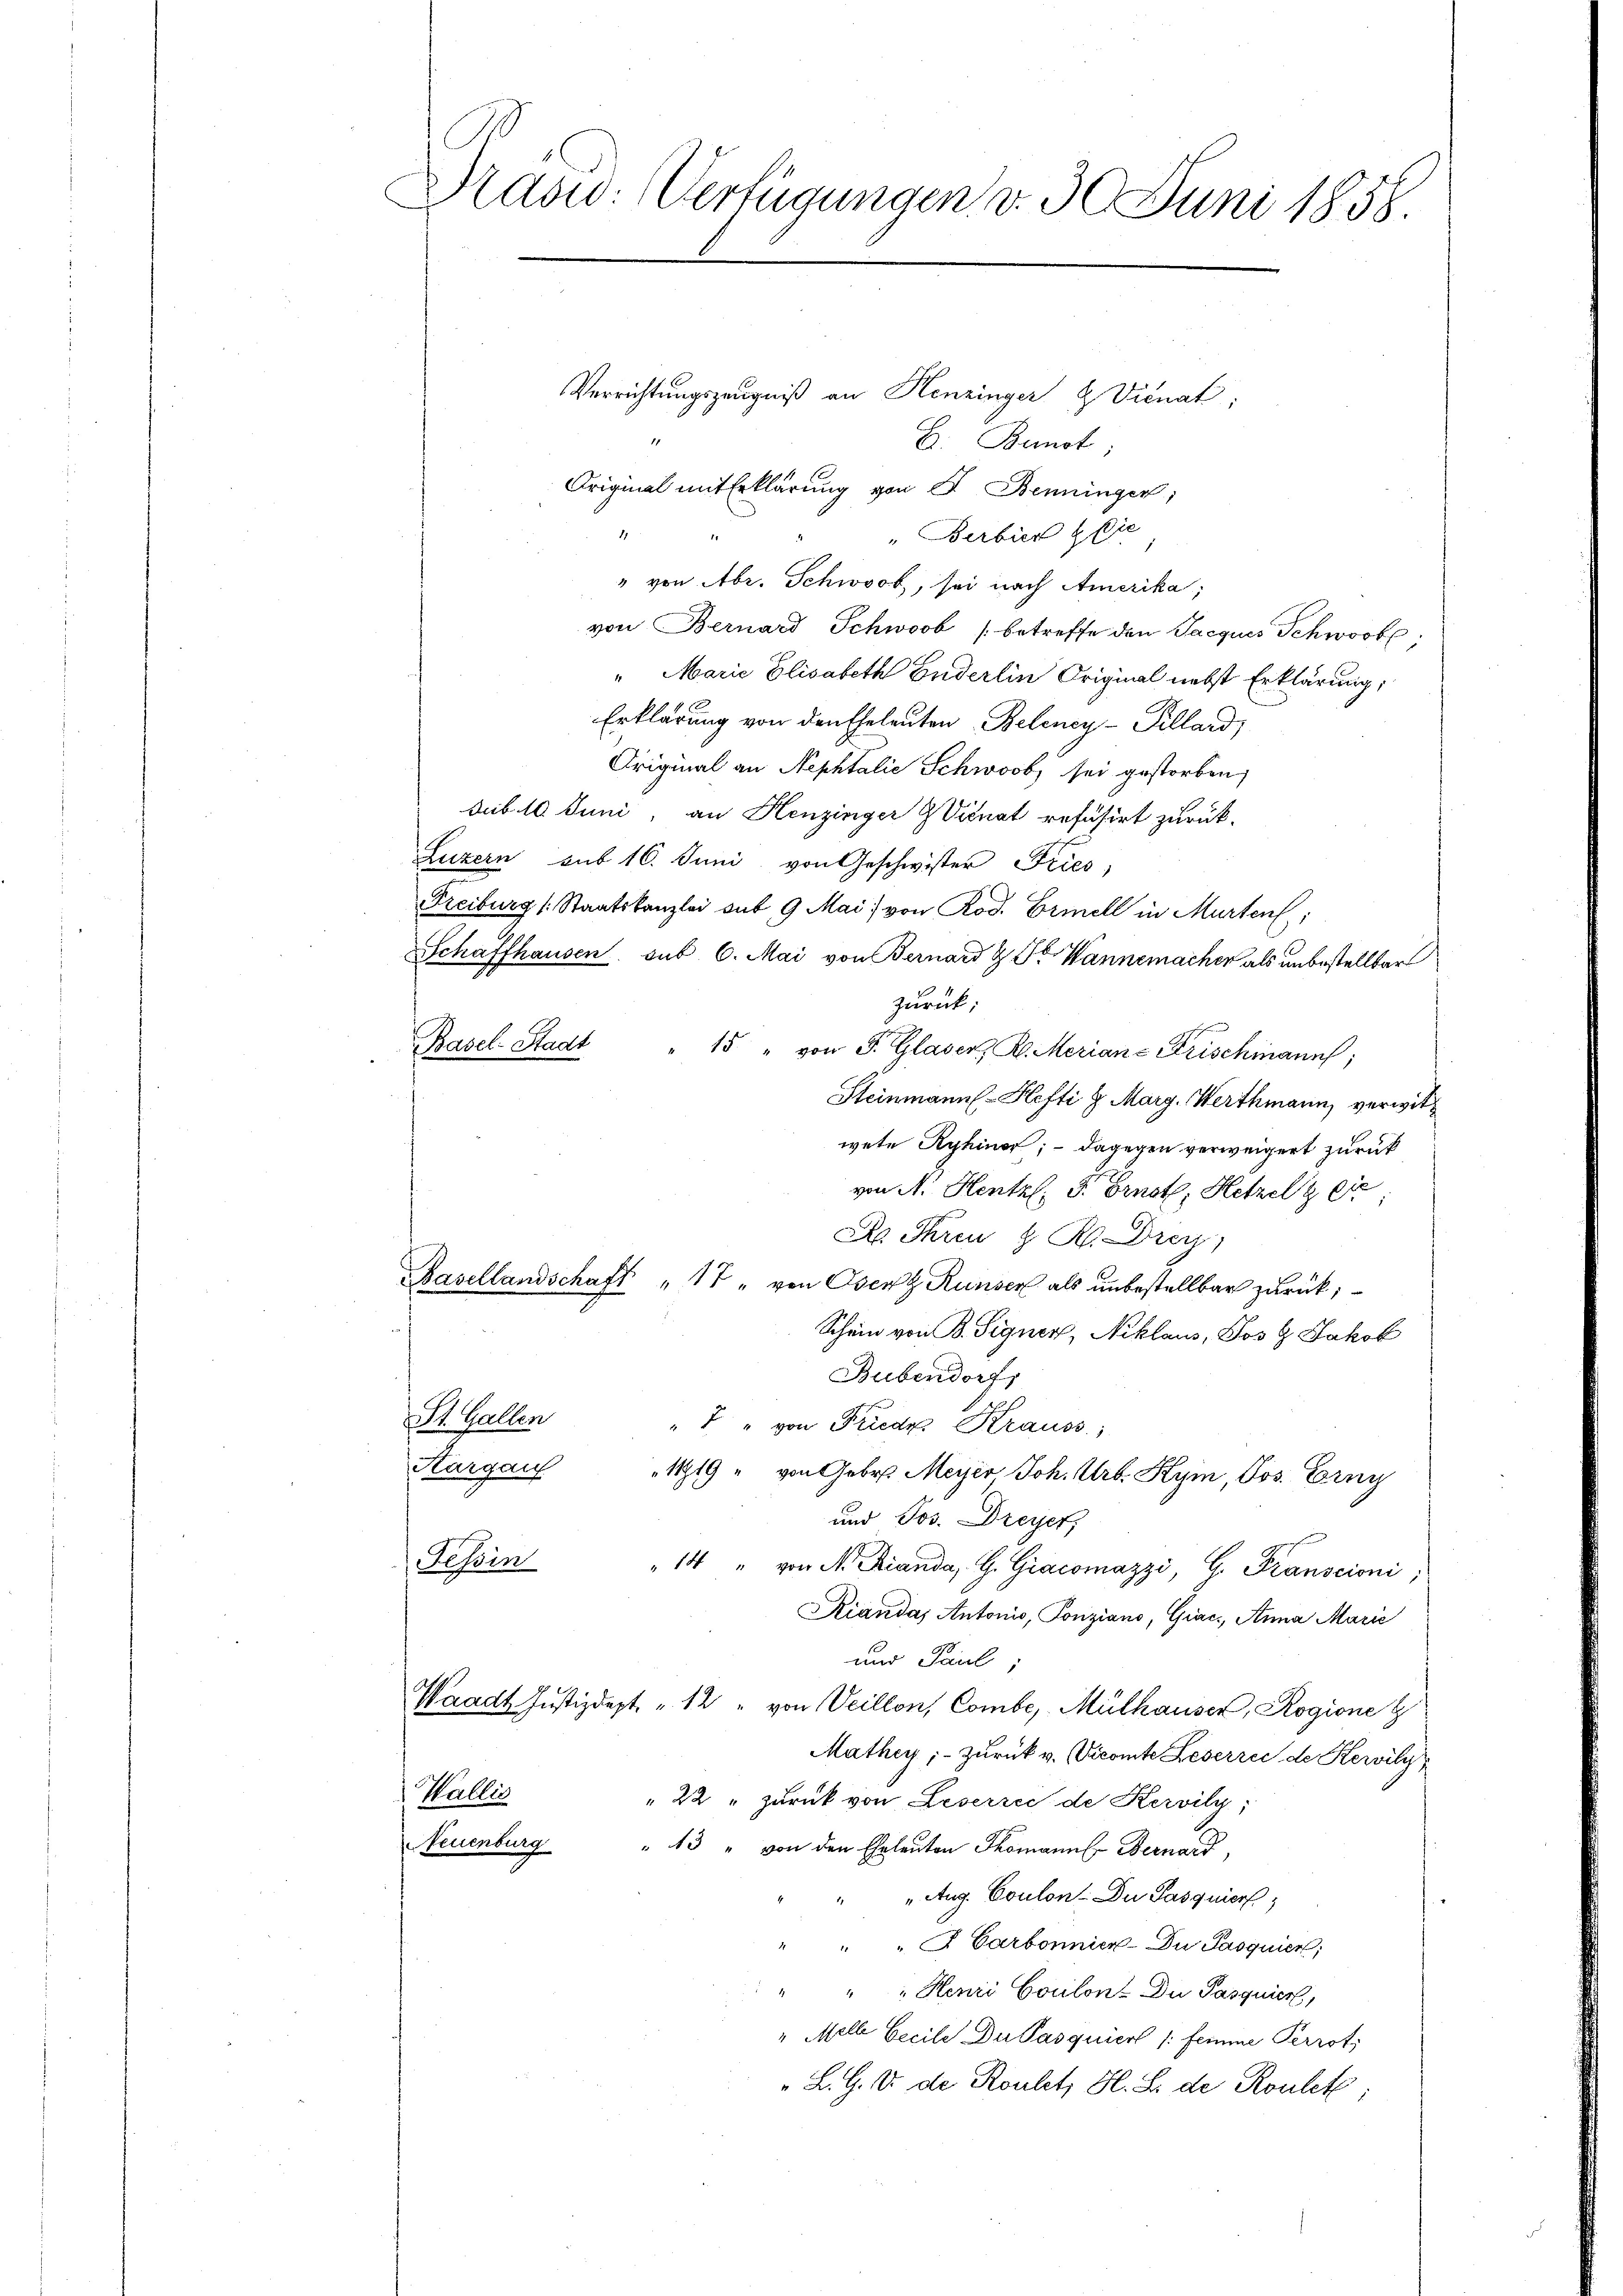
Drasw: Verfügungen v. 30. Juni 1858.

Verrichtungszeugniß an Henzinger & Vicnat;
B. Bunot;
Original mit Erklärung von S. Benninger,
1
"Berbier & Die
" von Abr. Schwoob, sei nach Amerika,
von Bernard Schwoob (betreffe den Jacques Schworbe
" Marie Elisabeth Enderlin Original nebst Erklärung,
Erklärung von den Eheleuten Beleney-Villard,
Original an Nephtalie Schwoob sei gestorben,
sub. 10. Juni, an Henzinger Vicnat refäsirt zurück-
Luzern sub 16. Juni von Geschwister Fries
Freiburg (Staatskanzlei sub 9 Mai von Rod. Ermell in Murten:
Schaffhausen sub 6. Mai von Bernard & St. Wannemacher als unbestellbar
zurück;
Basel-Stadt
" 15 " von P. Glaser, Kl. Merian - Frischmanns,
Steinmann Hefti & Marg. Werthmann, verwitwete Ryhinor; - dagegen verweigert zurück
von N. Hentzl. P. Ernst, Hetzel zei
D Ihren z. R. Drey
Basellandschaft " 17 " von Oser Runser als unbestellbar zurück;
Schein von B. Signer, Niklaus, Jos. Jakob
Bubendorf,
f. Gallen
" " " von Friedes Krauss;
Aargau 1919 " von Gebr. Meier Joh. Urb. Kym, Jos. Erng
und Jos. Dreyer,
Tessin
" 14 " von M. Branda, G. Giacomazzi, G. Franscioni;
Kiandas Antonis, Ponziano, Giac, Anna Marie
und Paul,
Waadt Justizdept. " 12 " von Veillon, Combe, Mülhauser, Rogione g
Mathiy; - zurück v. Vicomte Leserrei de Kervily
Wallis
" 22 " zurück von Leserrei de Kervily;
Teuenburg
" 13 " von den Eheleuten Thomanns Bernard,
Aug. Coulon. Du Pasquier
" " " J. Carbonnien-Du Pasquier,
" " " Henri Coulon Du Pasquier
" Melle Cecile Du Pasquier /: femme Perrot;
L.G. U. de Rouletz H. L. de Roulet;